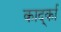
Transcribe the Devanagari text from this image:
कार्द्का